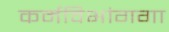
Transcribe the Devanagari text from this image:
कर्मविभांगगा